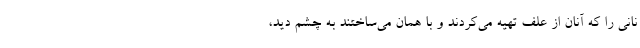
نانی را که آنان از علف تهیه می‌کردند و با همان می‌ساختند به چشم دید،